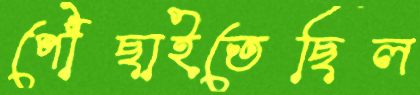
পৌঁছাইতেছিল